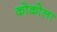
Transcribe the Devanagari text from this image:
कोकोला